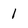
Character: 1